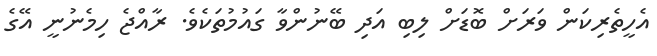
އެހީތެރިކަން ވަރަށް ބޮޑަށް ލިބި އަދި ބޭނުންވާ ގައުމުތަކެވެ. ރާއްޖެ ހިމެނުނީ އޭގެ